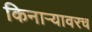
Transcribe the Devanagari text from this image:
किनाऱ्यावरच